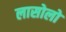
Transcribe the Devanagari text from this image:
लासोलो